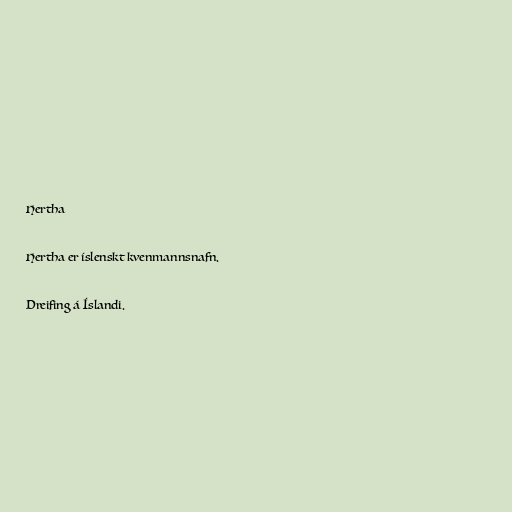
Hertha

Hertha er íslenskt kvenmannsnafn.

Dreifing á Íslandi.